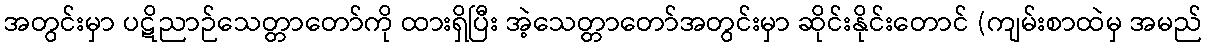
အတွင်းမှာ ပဋိညာဉ်သေတ္တာတော်ကို ထားရှိပြီး အဲ့သေတ္တာတော်အတွင်းမှာ ဆိုင်းနိုင်းတောင် (ကျမ်းစာထဲမှ အမည်